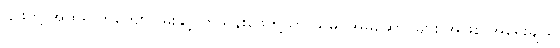
၎င်းတို့ အထဲမှ ကိုကျော်ငြိမ်းနှင့် ကိုသိန်းဖေတို့သာ သမဂ္ဂအမှုဆောင်များ အဖြစ် အရွေးချယ်